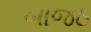
બાજઠ